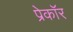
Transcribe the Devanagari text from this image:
प्रेकॉर